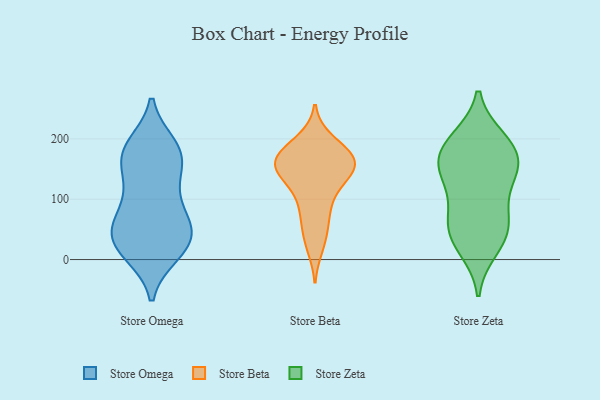
{"axis": {"x": "Net Income (USD K)", "y": "Value"}, "legend": ["Store Beta", "Store Omega", "Store Zeta"], "data": [{"x": "", "y": 66, "type": "Store Omega"}, {"x": "", "y": 175, "type": "Store Omega"}, {"x": "", "y": 57, "type": "Store Omega"}, {"x": "", "y": 100, "type": "Store Omega"}, {"x": "", "y": 14, "type": "Store Omega"}, {"x": "", "y": 10, "type": "Store Omega"}, {"x": "", "y": 156, "type": "Store Omega"}, {"x": "", "y": 189, "type": "Store Omega"}, {"x": "", "y": 29, "type": "Store Omega"}, {"x": "", "y": 15, "type": "Store Omega"}, {"x": "", "y": 172, "type": "Store Omega"}, {"x": "", "y": 133, "type": "Store Omega"}, {"x": "", "y": 64, "type": "Store Omega"}, {"x": "", "y": 48, "type": "Store Omega"}, {"x": "", "y": 181, "type": "Store Omega"}, {"x": "", "y": 28, "type": "Store Omega"}, {"x": "", "y": 115, "type": "Store Omega"}, {"x": "", "y": 49, "type": "Store Omega"}, {"x": "", "y": 184, "type": "Store Omega"}, {"x": "", "y": 197, "type": "Store Beta"}, {"x": "", "y": 130, "type": "Store Beta"}, {"x": "", "y": 152, "type": "Store Beta"}, {"x": "", "y": 173, "type": "Store Beta"}, {"x": "", "y": 160, "type": "Store Beta"}, {"x": "", "y": 100, "type": "Store Beta"}, {"x": "", "y": 176, "type": "Store Beta"}, {"x": "", "y": 37, "type": "Store Beta"}, {"x": "", "y": 74, "type": "Store Beta"}, {"x": "", "y": 167, "type": "Store Beta"}, {"x": "", "y": 163, "type": "Store Beta"}, {"x": "", "y": 68, "type": "Store Beta"}, {"x": "", "y": 150, "type": "Store Beta"}, {"x": "", "y": 117, "type": "Store Beta"}, {"x": "", "y": 21, "type": "Store Beta"}, {"x": "", "y": 189, "type": "Store Beta"}, {"x": "", "y": 150, "type": "Store Beta"}, {"x": "", "y": 149, "type": "Store Beta"}, {"x": "", "y": 175, "type": "Store Zeta"}, {"x": "", "y": 94, "type": "Store Zeta"}, {"x": "", "y": 186, "type": "Store Zeta"}, {"x": "", "y": 41, "type": "Store Zeta"}, {"x": "", "y": 148, "type": "Store Zeta"}, {"x": "", "y": 37, "type": "Store Zeta"}, {"x": "", "y": 64, "type": "Store Zeta"}, {"x": "", "y": 64, "type": "Store Zeta"}, {"x": "", "y": 142, "type": "Store Zeta"}, {"x": "", "y": 199, "type": "Store Zeta"}, {"x": "", "y": 153, "type": "Store Zeta"}, {"x": "", "y": 196, "type": "Store Zeta"}, {"x": "", "y": 141, "type": "Store Zeta"}, {"x": "", "y": 19, "type": "Store Zeta"}]}